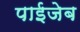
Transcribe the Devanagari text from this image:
पाईजेब